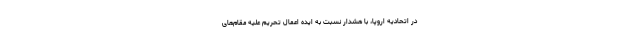
در اتحادیه اروپا، با هشدار نسبت به ایده اعمال تحریم علیه مقام‌های